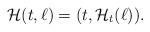
LaTeX: \begin{align*}\mathcal{H}(t,\ell)=(t,\mathcal{H}_t(\ell)).\end{align*}